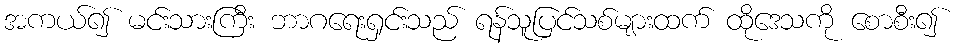
အကယ်၍ မင်းသားကြီး ဘာဂရေးရှင်းသည် ရန်သူပြင်သစ်များထက် ထိုဒေသကို စောစီး၍